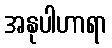
အနုပါဟာရာ